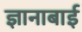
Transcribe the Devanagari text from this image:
ज्ञानाबाई